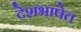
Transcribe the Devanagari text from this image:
देशभाषेत